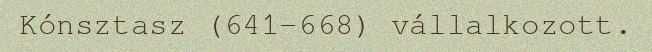
Kónsztasz (641–668) vállalkozott.